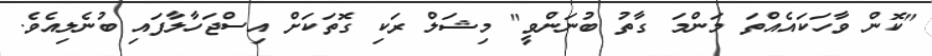
"ކޮން ވާހަކައެއްތަ މަންމަ ގާތު ބުނަންވީ" މިޝަލް ރަކި ގޮތަކަށް އިސްޖަހާލާފައި ބުނެލިއެވެ.